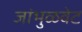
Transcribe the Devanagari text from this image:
जांभुळवेट